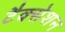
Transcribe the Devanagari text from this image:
टैक्सेशन